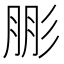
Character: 𱝣